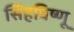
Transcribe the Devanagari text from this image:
सिंहविष्णू